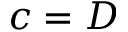
c = D